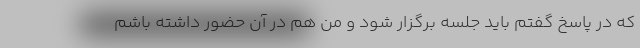
که در پاسخ گفتم باید جلسه برگزار شود و من هم در آن حضور داشته باشم